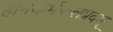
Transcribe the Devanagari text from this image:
हीनकर्मफलप्रदम्